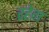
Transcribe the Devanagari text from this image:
रहेग